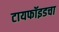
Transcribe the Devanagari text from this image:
टायफॉइडचा